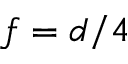
f = d / 4